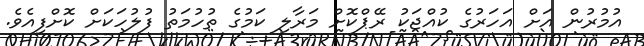
އުމުރުން އަށް އަހަރުގެ ކުއްޖަކު ރޭޕްކޮށް މަރާލި ކަމުގެ ތުހުމަތު ފުލުހަކަށް ކޮށްފިއެވެ.